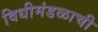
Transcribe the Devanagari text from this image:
विधीमंडळाची